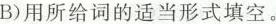
B)用所给词的适当形式填空。